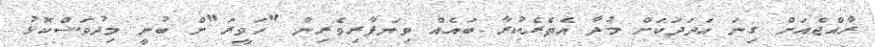
ރާއްޖެއަށް ގިނަ އަދަދަކަށް މުދާ އެތެރެކުރާ ބައެއް ވިޔަފާރިވެރިން "ހަވީރަ"ށް ބުނީ މިދުވަސްކޮޅު